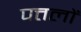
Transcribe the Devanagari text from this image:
पत्तलों